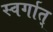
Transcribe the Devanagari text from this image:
स्वर्गात्